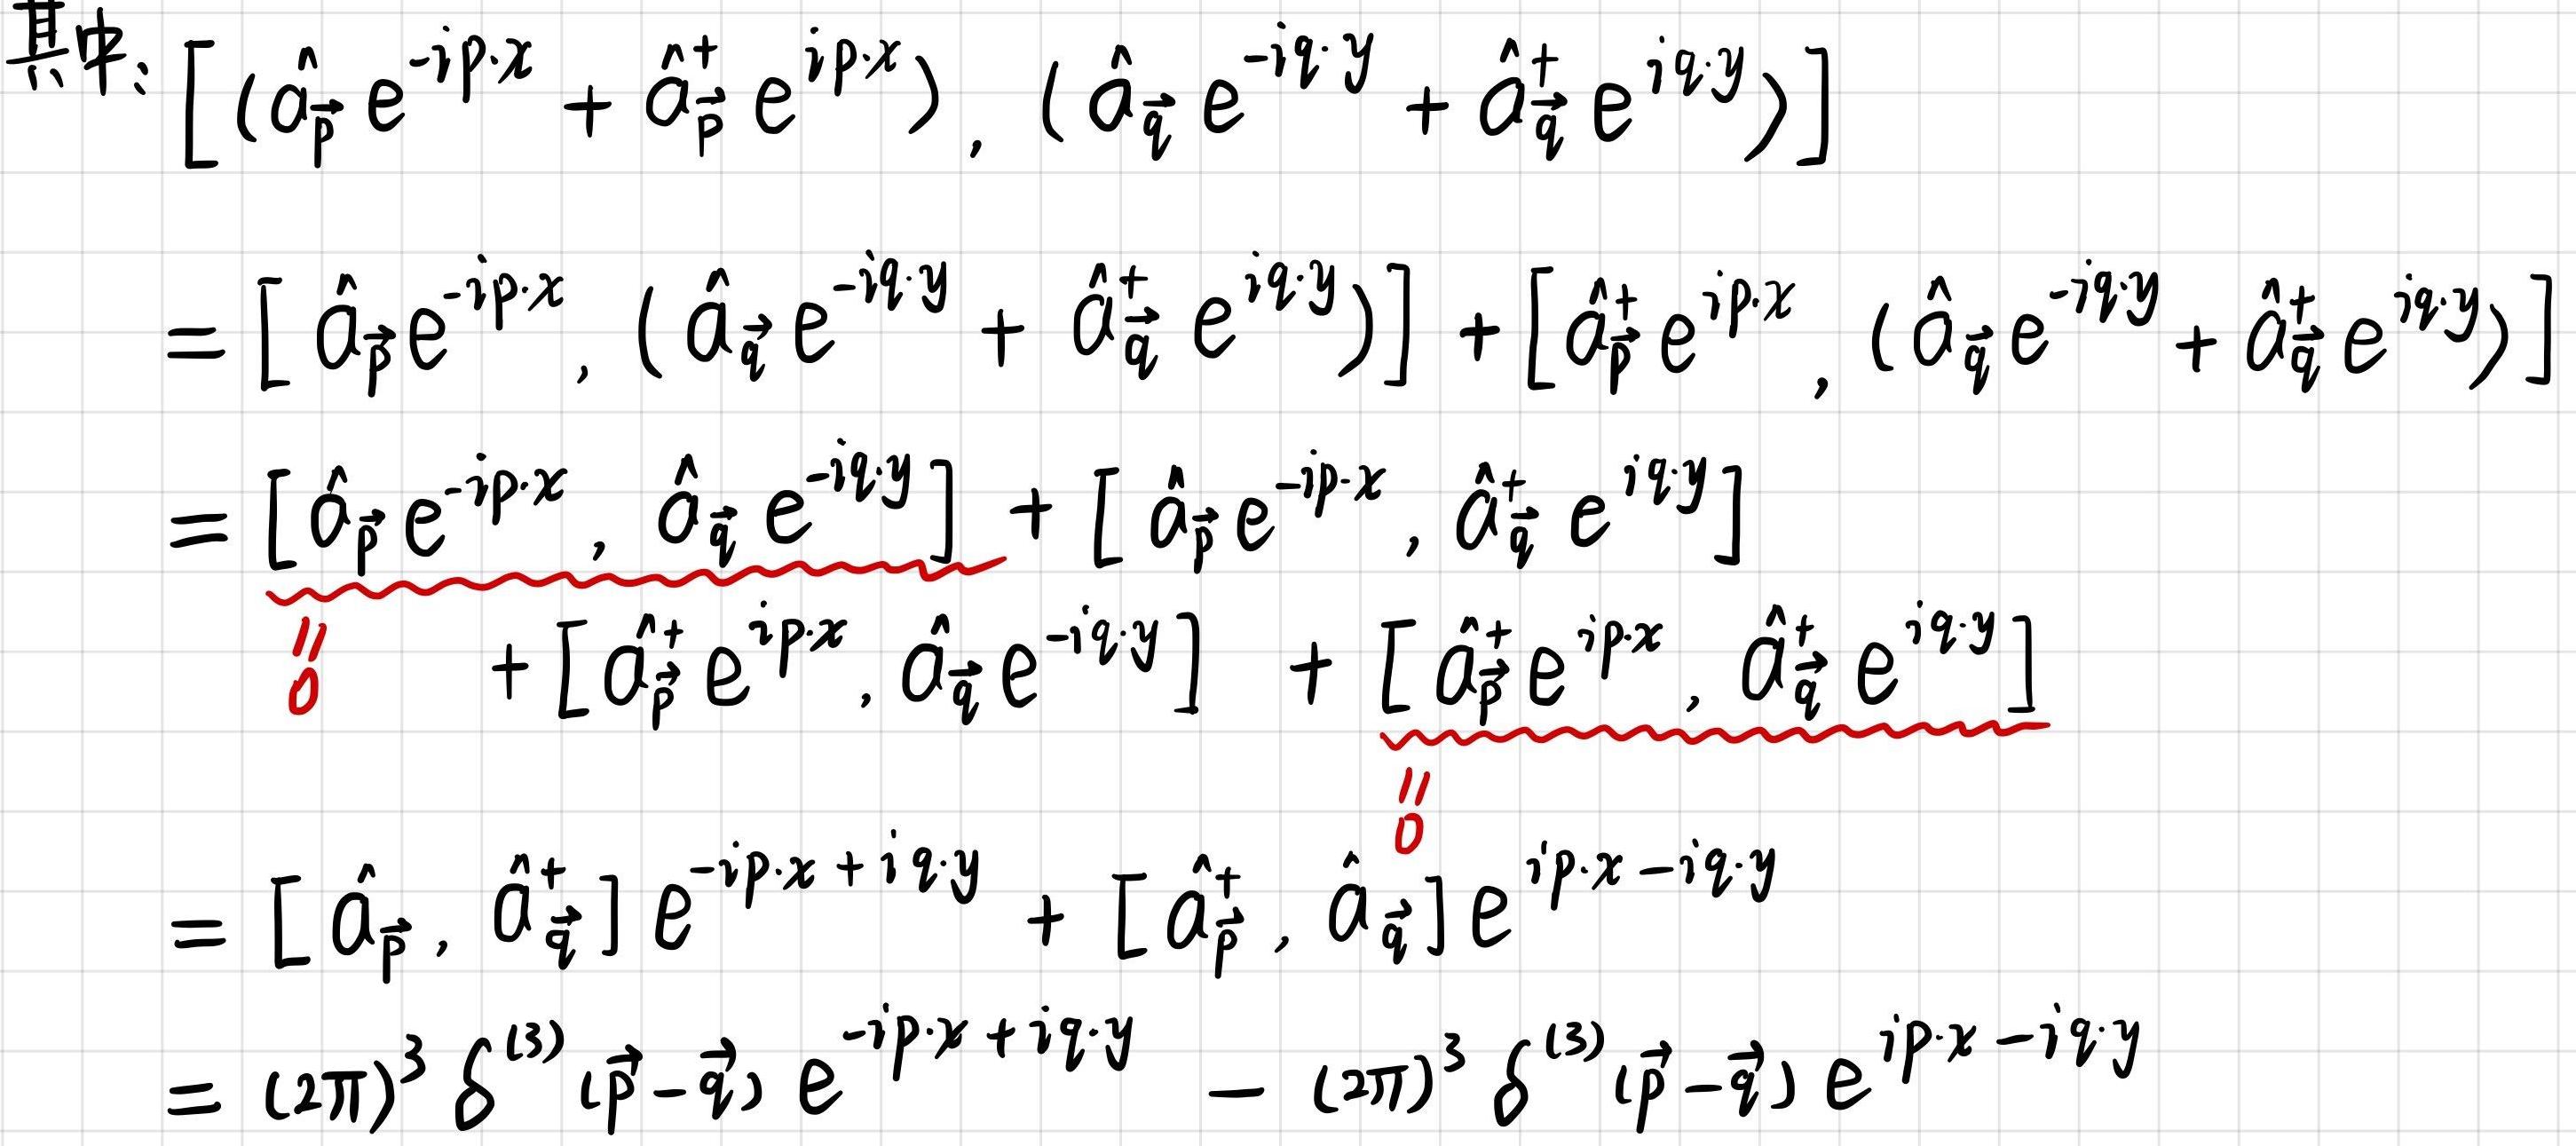
其中：$[(\hat{a}_{\vec{p}} e^{-i\vec{p}\cdot\vec{x}} + \hat{a}_{\vec{p}}^{\dagger} e^{i\vec{p}\cdot\vec{x}}), (\hat{a}_{\vec{q}} e^{-i\vec{q}\cdot\vec{y}} + \hat{a}_{\vec{q}}^{\dagger} e^{i\vec{q}\cdot\vec{y}})]$
\[
\begin{align*}
&=[\hat{a}_{\vec{p}}e^{-i\vec{p}\cdot\vec{x}}, (\hat{a}_{\vec{q}} e^{-i\vec{q}\cdot\vec{y}} + \hat{a}_{\vec{q}}^{\dagger} e^{i\vec{q}\cdot\vec{y}})] + [\hat{a}_{\vec{p}}^{\dagger}e^{i\vec{p}\cdot\vec{x}}, (\hat{a}_{\vec{q}} e^{-i\vec{q}\cdot\vec{y}} + \hat{a}_{\vec{q}}^{\dagger} e^{i\vec{q}\cdot\vec{y}})]\\
&=[\hat{a}_{\vec{p}}e^{-i\vec{p}\cdot\vec{x}}, \hat{a}_{\vec{q}} e^{-i\vec{q}\cdot\vec{y}}] + [\hat{a}_{\vec{p}}e^{-i\vec{p}\cdot\vec{x}}, \hat{a}_{\vec{q}}^{\dagger} e^{i\vec{q}\cdot\vec{y}}]\\
&\quad + [\hat{a}_{\vec{p}}^{\dagger}e^{i\vec{p}\cdot\vec{x}}, \hat{a}_{\vec{q}} e^{-i\vec{q}\cdot\vec{y}}] + [\hat{a}_{\vec{p}}^{\dagger}e^{i\vec{p}\cdot\vec{x}}, \hat{a}_{\vec{q}}^{\dagger} e^{i\vec{q}\cdot\vec{y}}]\\
&=[\hat{a}_{\vec{p}}, \hat{a}_{\vec{q}}^{\dagger}]e^{-i\vec{p}\cdot\vec{x} + i\vec{q}\cdot\vec{y}} + [\hat{a}_{\vec{p}}^{\dagger}, \hat{a}_{\vec{q}}]e^{i\vec{p}\cdot\vec{x} - i\vec{q}\cdot\vec{y}}\\
&=(2\pi)^3 \delta^{(3)}(\vec{p}-\vec{q}) e^{-i\vec{p}\cdot\vec{x} + i\vec{q}\cdot\vec{y}} - (2\pi)^3 \delta^{(3)}(\vec{p}-\vec{q}) e^{i\vec{p}\cdot\vec{x} - i\vec{q}\cdot\vec{y}}
\end{align*}
\]